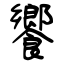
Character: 饗